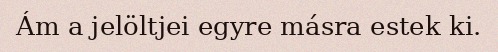
Ám a jelöltjei egyre másra estek ki.